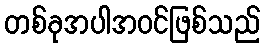
တစ်ခုအပါအဝင်ဖြစ်သည်